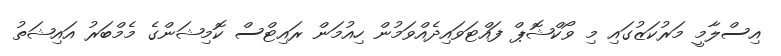
އިސްލާމީ މަރުކަޒުގައި މި ވޯކްޝޮޕް ފައްޓަވައިދެއްވަމުން ހިއުމަން ރައިޓްސް ކޮމިޝަންގެ މެމްބަރު އައިޝަތު